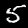
Digit: 5